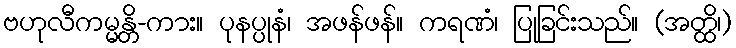
ဗဟုလီကမ္မန္တိ-ကား။ ပုနပ္ပုနံ၊ အဖန်ဖန်။ ကရဏံ၊ ပြုခြင်းသည်။ (အတ္ထိ၊)